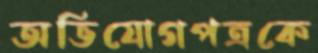
অভিযোগপত্রকে